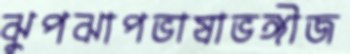
ঝুপঝাপভাষাভঙ্গীজ